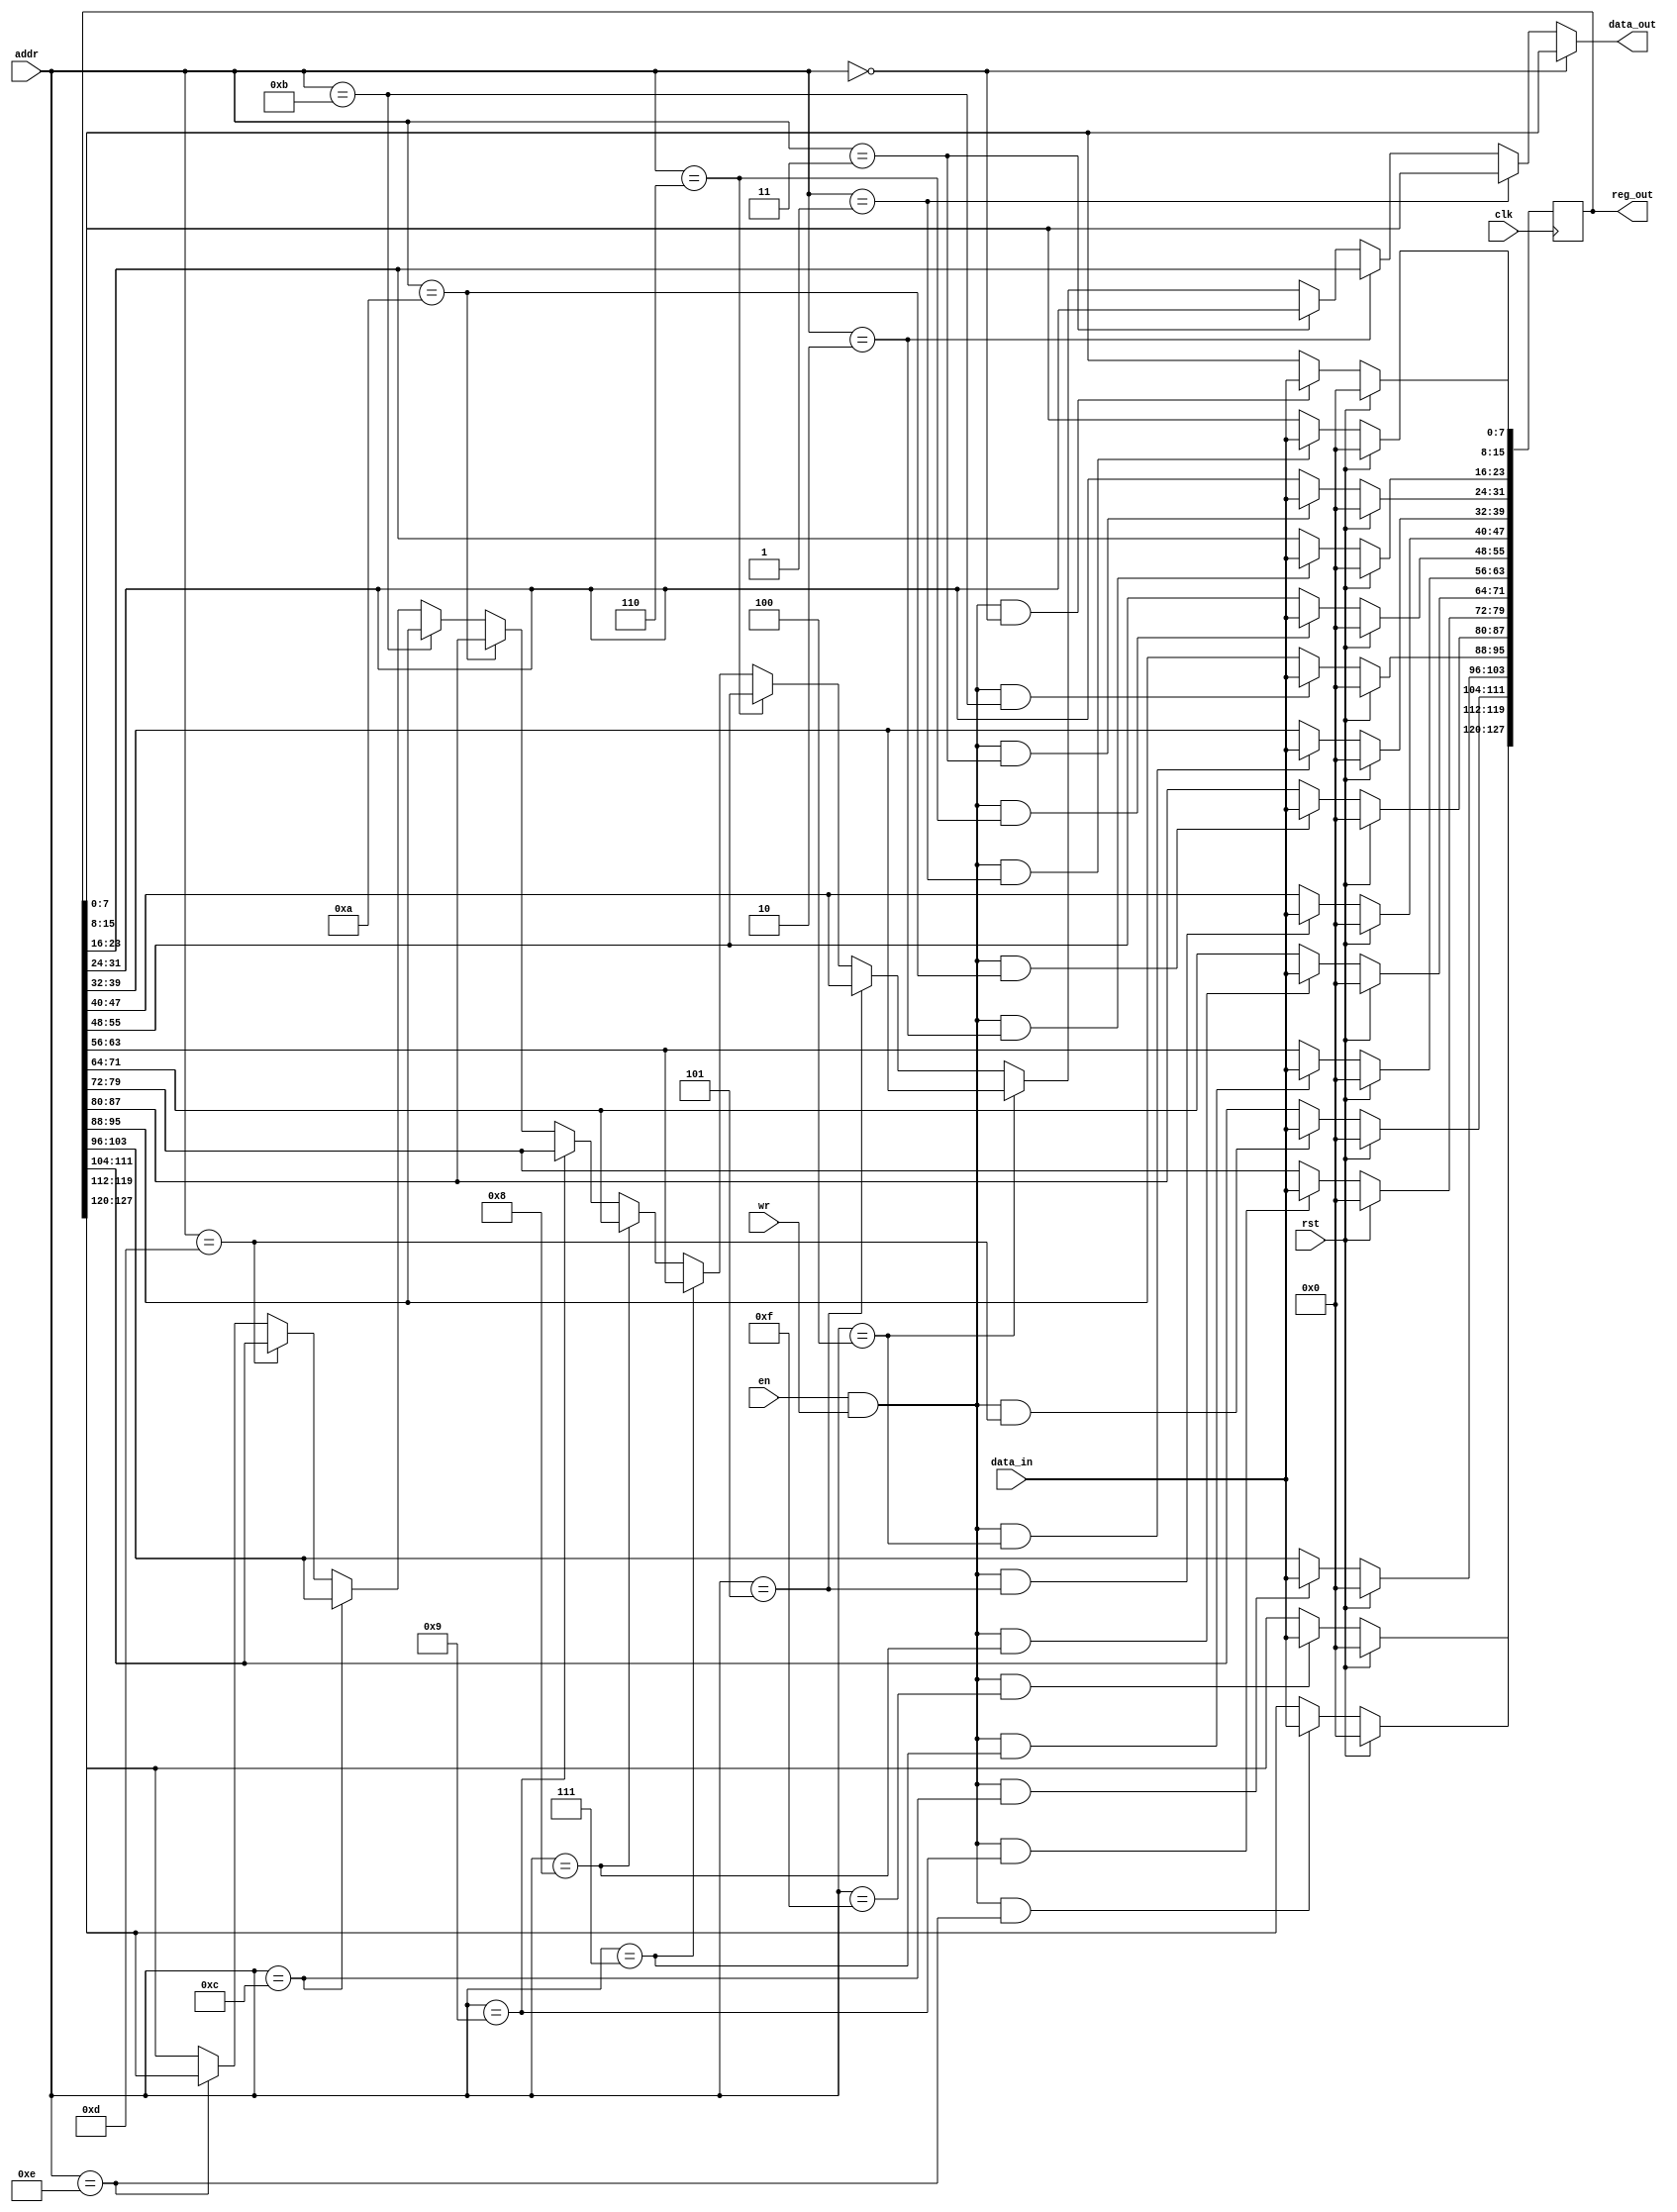

// synopsys translate_off

`timescale 1ns/10ps

// synopsys translate_on

module reg16byte(clk, rst, en, wr, addr, data_in, data_out, reg_out);
    input           clk;
    input           rst;
    input           en;
    input           wr;
    input   [3:0]   addr;
    input   [7:0]   data_in;
    output  [7:0]   data_out;
    output  [127:0] reg_out;

    reg     [127:0] reg_out/*verilator public*/;

    wire wr0  = en && wr && addr == 0;
    wire wr1  = en && wr && addr == 1;
    wire wr2  = en && wr && addr == 2;
    wire wr3  = en && wr && addr == 3;
    wire wr4  = en && wr && addr == 4;
    wire wr5  = en && wr && addr == 5;
    wire wr6  = en && wr && addr == 6;
    wire wr7  = en && wr && addr == 7;
    wire wr8  = en && wr && addr == 8;
    wire wr9  = en && wr && addr == 9;
    wire wr10 = en && wr && addr == 10;
    wire wr11 = en && wr && addr == 11;
    wire wr12 = en && wr && addr == 12;
    wire wr13 = en && wr && addr == 13;
    wire wr14 = en && wr && addr == 14;
    wire wr15 = en && wr && addr == 15;

    wire    [7:0]   reg0_next = wr0   ? data_in : reg_out[7:0];
    wire    [7:0]   reg1_next = wr1   ? data_in : reg_out[15:8];
    wire    [7:0]   reg2_next = wr2   ? data_in : reg_out[23:16];
    wire    [7:0]   reg3_next = wr3   ? data_in : reg_out[31:24];
    wire    [7:0]   reg4_next = wr4   ? data_in : reg_out[39:32];
    wire    [7:0]   reg5_next = wr5   ? data_in : reg_out[47:40];
    wire    [7:0]   reg6_next = wr6   ? data_in : reg_out[55:48];
    wire    [7:0]   reg7_next = wr7   ? data_in : reg_out[63:56];
    wire    [7:0]   reg8_next = wr8   ? data_in : reg_out[71:64];
    wire    [7:0]   reg9_next = wr9   ? data_in : reg_out[79:72];
    wire    [7:0]   reg10_next = wr10 ? data_in : reg_out[87:80];
    wire    [7:0]   reg11_next = wr11 ? data_in : reg_out[95:88];
    wire    [7:0]   reg12_next = wr12 ? data_in : reg_out[103:96];
    wire    [7:0]   reg13_next = wr13 ? data_in : reg_out[111:104];
    wire    [7:0]   reg14_next = wr14 ? data_in : reg_out[119:112];
    wire    [7:0]   reg15_next = wr15 ? data_in : reg_out[127:120];

    wire [7:0] data_out_mux = 
                    addr == 4'd0  ? reg_out[7:0]     :
                    addr == 4'd1  ? reg_out[15:8]    :
                    addr == 4'd2  ? reg_out[23:16]   :
                    addr == 4'd3  ? reg_out[31:24]   :
                    addr == 4'd4  ? reg_out[39:32]   :
                    addr == 4'd5  ? reg_out[47:40]   :
                    addr == 4'd6  ? reg_out[55:48]   :
                    addr == 4'd7  ? reg_out[63:56]   :
                    addr == 4'd8  ? reg_out[71:64]   :
                    addr == 4'd9  ? reg_out[79:72]   :
                    addr == 4'd10 ? reg_out[87:80]   :
                    addr == 4'd11 ? reg_out[95:88]   :
                    addr == 4'd12 ? reg_out[103:96]  :
                    addr == 4'd13 ? reg_out[111:104] :
                    addr == 4'd14 ? reg_out[119:112] :
                    reg_out[127:120];
    assign data_out = data_out_mux;

    always @(posedge clk)
    begin
        if (rst) begin
            reg_out <= 128'b0;
        end
        else begin
            reg_out[7:0]     <= reg0_next;
            reg_out[15:8]    <= reg1_next;
            reg_out[23:16]   <= reg2_next;
            reg_out[31:24]   <= reg3_next;
            reg_out[39:32]   <= reg4_next;
            reg_out[47:40]   <= reg5_next;
            reg_out[55:48]   <= reg6_next;
            reg_out[63:56]   <= reg7_next;
            reg_out[71:64]   <= reg8_next;
            reg_out[79:72]   <= reg9_next;
            reg_out[87:80]   <= reg10_next;
            reg_out[95:88]   <= reg11_next;
            reg_out[103:96]  <= reg12_next;
            reg_out[111:104] <= reg13_next;
            reg_out[119:112] <= reg14_next;
            reg_out[127:120] <= reg15_next;
        end
    end
endmodule